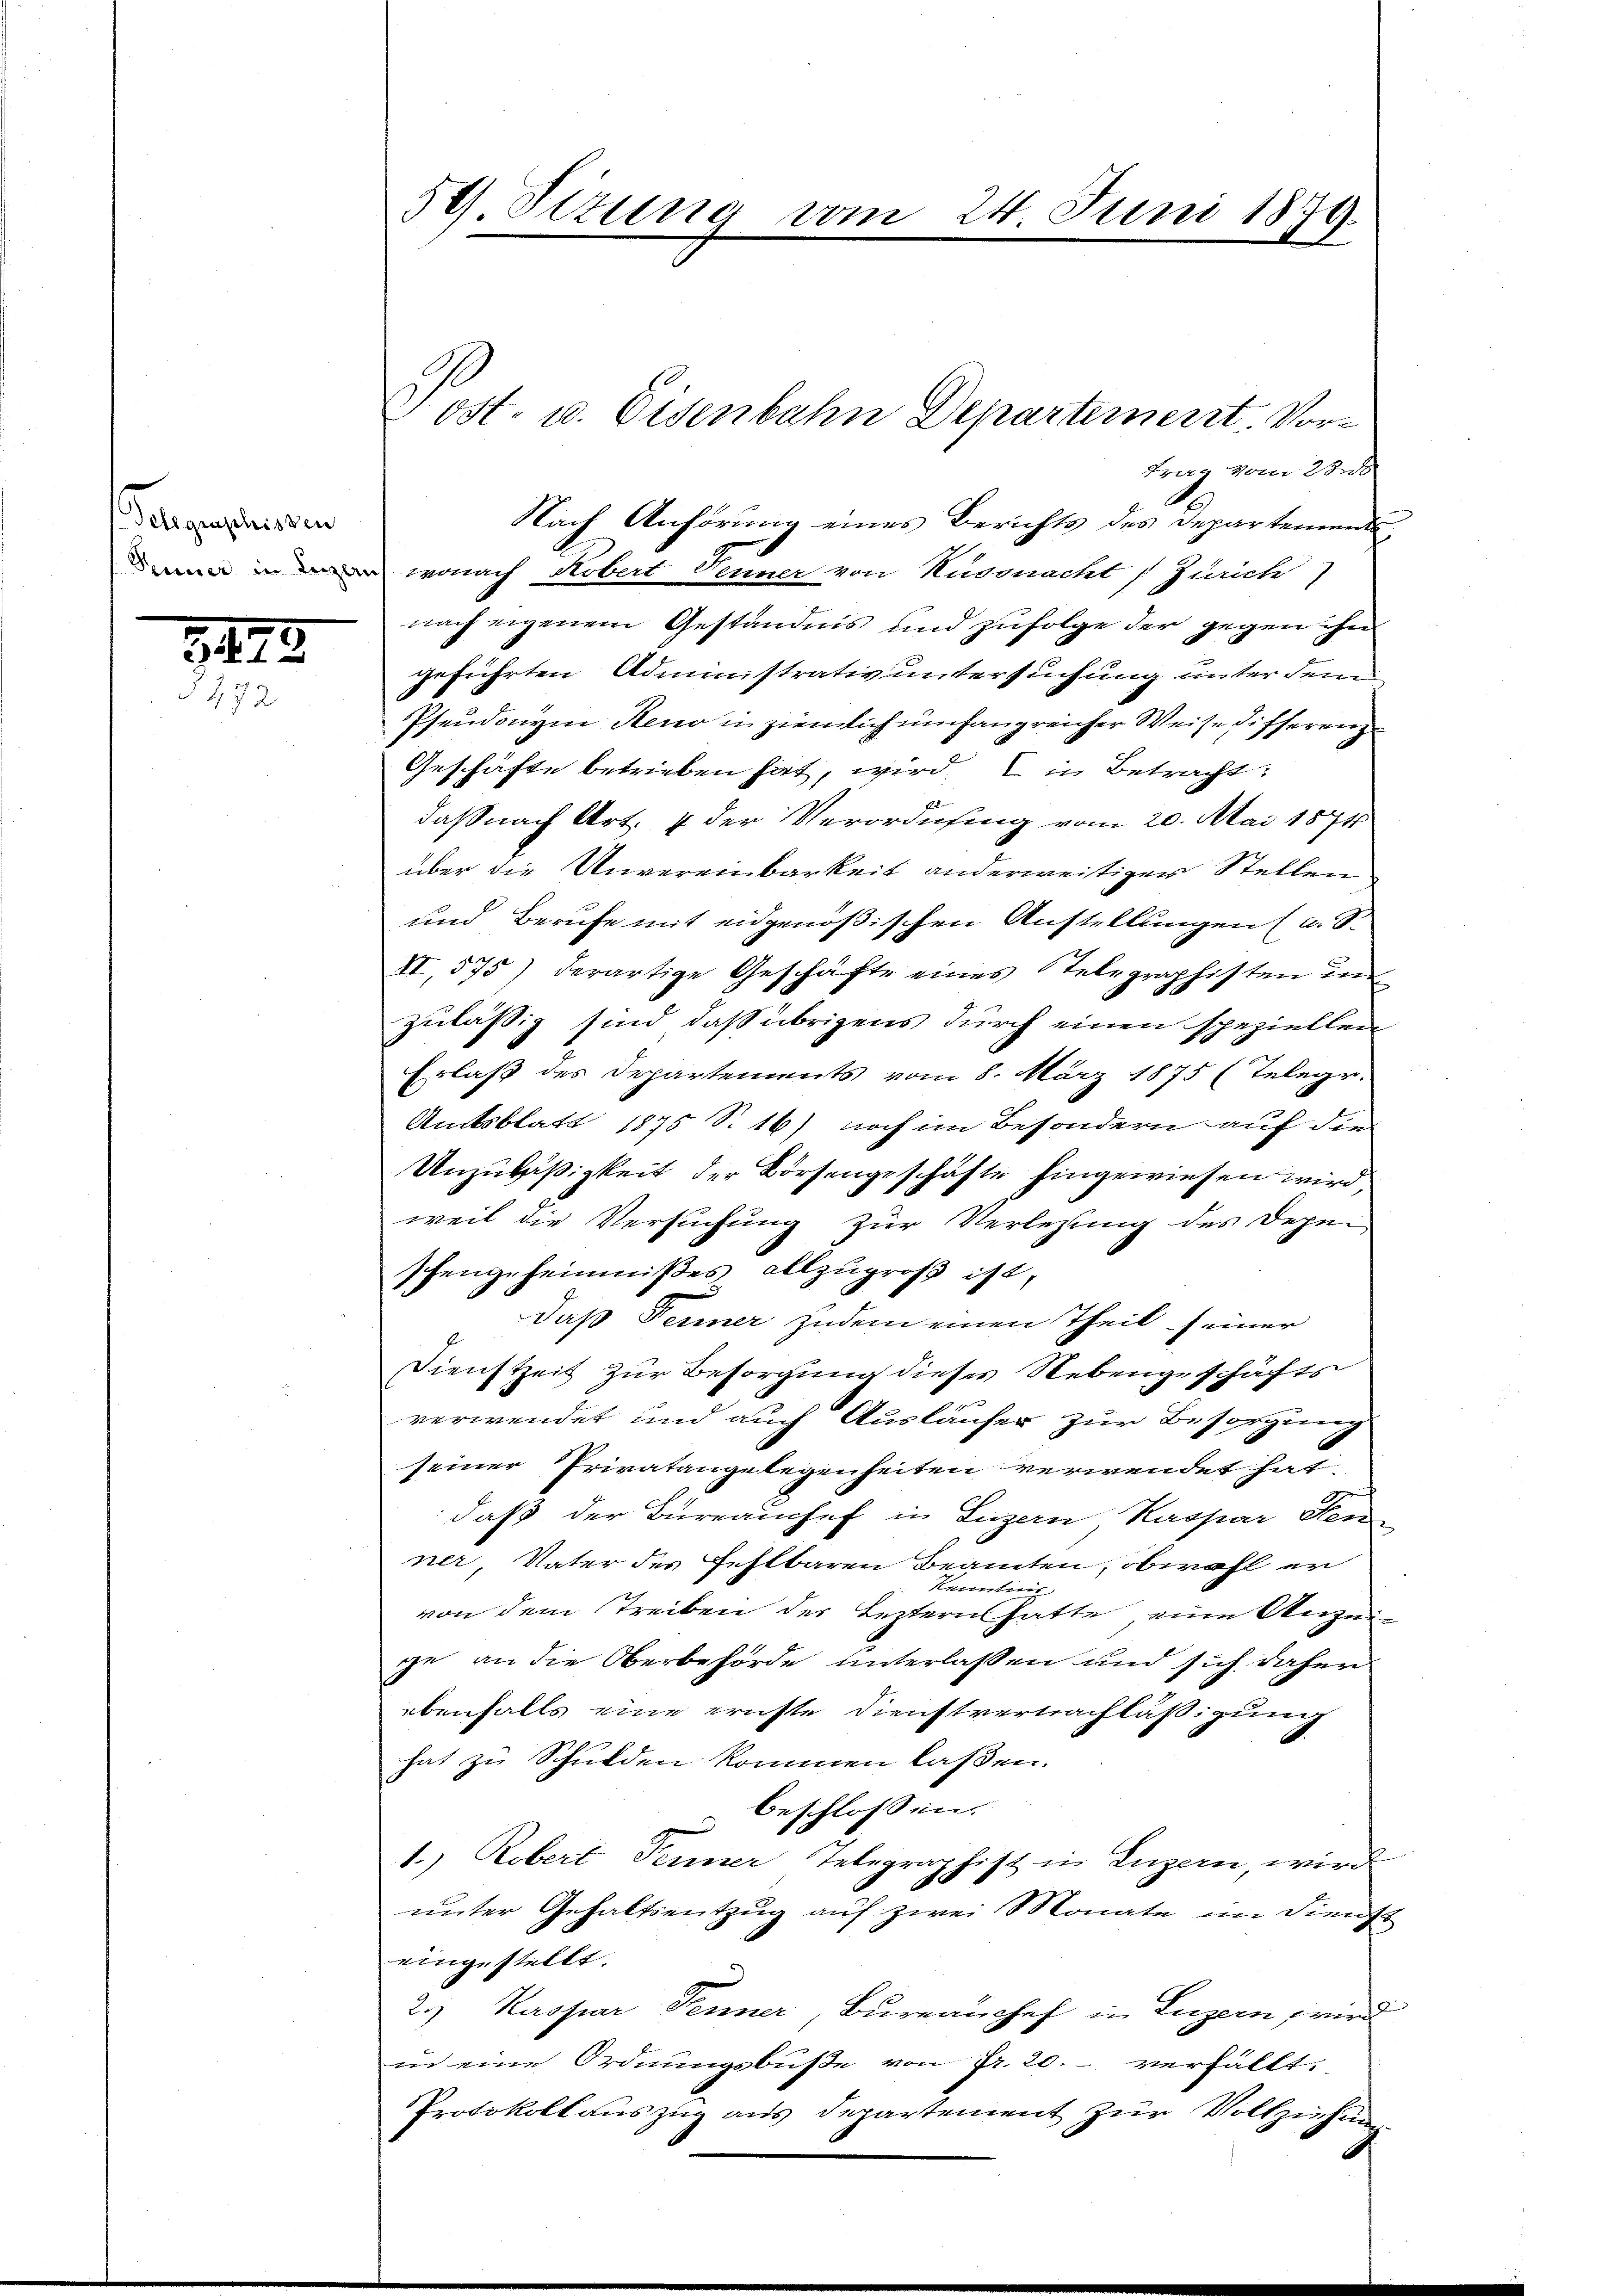
Gelegenschissen

3475

Berg vom 2.
wonach Kobert Jenner von Küssnacht Zürich)
nach eigenem Geständnis und zufolge der gegen ihn
geführten Administrativ untersuchung unter dem
Pseudonym Reno in ziemlich umfangreicher Weise differenz
Geschäfte betrieben hat, wird in Betracht:
daß nach Art. 4 der Verordnung vom 20. Mai 1874
über die Unvereinbarkeit anderweitiger Stellen
und Berufe mit eidgenößischen Anstellungen (a. S.
II,575) derartige Geschäfte eines Telegraphisten in
zulässig sind, daß übrigens durch einen speziellen
Erlaß des Departements vom 8. März 1875 (Telegr.
Amtsblatt 1875 S. 16) noch im Besondern auf die
Unzuläßigkeit der Börsengeschäfte hingewiesen wird
weil die Versuchung zur Verlesung des Depe
schengeheimnißes allzugroß ist,
daß Ferner Zudem einen Theil seiner
Dienstzeit zur Besorgung dieses Nebengeschäfts
verwendet und auch Ausläufer zur Besorgung
seiner Privatangelegenheiten verwendet hat.
daß der Bureauchef in Luzern Kaspar Sen
ner, Vater des fehlbaren Beamten, obwohl er
Kenntnis
von dem Treiben der Leztern hatte eine Anzeige an die Oberbehörde unterlassen und sich daher
ebenfalls eine ernste Dienstvernachläßigung
hat zu Schulden kommen laßen.
Beschlosseng
1.) Robert Jenner Telegraphist in Luzern, wird
unter Gehaltsentzug auf zwei Monate im Dienst
eingestellt.
2.) Kaspar Tenner, Bureauchef in Luzern wird
in eine Ordnungsbuße von Fr. 20. verfällt.
Protokollauszug aus Departement zur Vollziehen

54) Sizung

1
Nach Anhörung eines Berichts des Departements¬

Gost- u. Eisenbahn Departement. Vor¬

vom 24. Juni 1879.